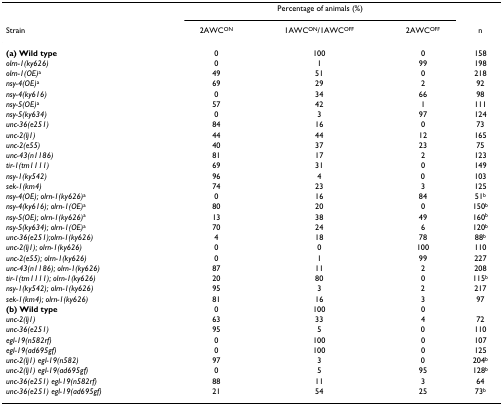
<table><thead><tr><td></td><td colspan="3"><b>Percentage of animals (%)</b></td><td></td></tr><tr><td><b>Strain</b></td><td><b>2AWC<sup>ON</sup></b></td><td><b>1AWC<sup>ON</sup>/1AWC<sup>OFF</sup></b></td><td><b>2AWC<sup>OFF</sup></b></td><td><b>n</b></td></tr></thead><tbody><tr><td><b>(a) Wild type</b></td><td>0</td><td>100</td><td>0</td><td>158</td></tr><tr><td><i>olrn-1(ky626)</i></td><td>0</td><td>1</td><td>99</td><td>198</td></tr><tr><td><i>olrn-1(OE)</i><sup>a</sup></td><td>49</td><td>51</td><td>0</td><td>218</td></tr><tr><td><i>nsy-4(OE)</i><sup>a</sup></td><td>69</td><td>29</td><td>2</td><td>92</td></tr><tr><td><i>nsy-4(ky616)</i></td><td>0</td><td>34</td><td>66</td><td>98</td></tr><tr><td><i>nsy-5(OE)</i><sup>a</sup></td><td>57</td><td>42</td><td>1</td><td>111</td></tr><tr><td><i>nsy-5(ky634)</i></td><td>0</td><td>3</td><td>97</td><td>124</td></tr><tr><td><i>unc-36(e251)</i></td><td>84</td><td>16</td><td>0</td><td>73</td></tr><tr><td><i>unc-2(lj1)</i></td><td>44</td><td>44</td><td>12</td><td>165</td></tr><tr><td><i>unc-2(e55)</i></td><td>40</td><td>37</td><td>23</td><td>75</td></tr><tr><td><i>unc-43(n1186)</i></td><td>81</td><td>17</td><td>2</td><td>123</td></tr><tr><td><i>tir-1(tm1111)</i></td><td>69</td><td>31</td><td>0</td><td>149</td></tr><tr><td><i>nsy-1(ky542)</i></td><td>96</td><td>4</td><td>0</td><td>103</td></tr><tr><td><i>sek-1(km4)</i></td><td>74</td><td>23</td><td>3</td><td>125</td></tr><tr><td><i>nsy-4(OE); olrn-1(ky626)</i><sup>a</sup></td><td>0</td><td>16</td><td>84</td><td>51<sup>b</sup></td></tr><tr><td><i>nsy-4(ky616); olrn-1(OE)</i><sup>a</sup></td><td>80</td><td>20</td><td>0</td><td>150<sup>b</sup></td></tr><tr><td><i>nsy-5(OE); olrn-1(ky626)</i><sup>a</sup></td><td>13</td><td>38</td><td>49</td><td>160<sup>b</sup></td></tr><tr><td><i>nsy-5(ky634); olrn-1(OE)</i><sup>a</sup></td><td>70</td><td>24</td><td>6</td><td>120<sup>b</sup></td></tr><tr><td><i>unc-36(e251);olrn-1(ky626)</i></td><td>4</td><td>18</td><td>78</td><td>88<sup>b</sup></td></tr><tr><td><i>unc-2(lj1); olrn-1(ky626)</i></td><td>0</td><td>0</td><td>100</td><td>110</td></tr><tr><td><i>unc-2(e55); olrn-1(ky626)</i></td><td>0</td><td>1</td><td>99</td><td>227</td></tr><tr><td><i>unc-43(n1186); olrn-1(ky626)</i></td><td>87</td><td>11</td><td>2</td><td>208</td></tr><tr><td><i>tir-1(tm1111); olrn-1(ky626)</i></td><td>20</td><td>80</td><td>0</td><td>115<sup>b</sup></td></tr><tr><td><i>nsy-1(ky542); olrn-1(ky626)</i></td><td>95</td><td>3</td><td>2</td><td>217</td></tr><tr><td><i>sek-1(km4); olrn-1(ky626)</i></td><td>81</td><td>16</td><td>3</td><td>97</td></tr><tr><td><b>(b) Wild type</b></td><td>0</td><td>100</td><td>0</td><td></td></tr><tr><td><i>unc-2(lj1)</i></td><td>63</td><td>33</td><td>4</td><td>72</td></tr><tr><td><i>unc-36(e251)</i></td><td>95</td><td>5</td><td>0</td><td>110</td></tr><tr><td><i>egl-19(n582rf)</i></td><td>0</td><td>100</td><td>0</td><td>107</td></tr><tr><td><i>egl-19(ad695gf)</i></td><td>0</td><td>100</td><td>0</td><td>125</td></tr><tr><td><i>unc-2(lj1) egl-19(n582)</i></td><td>97</td><td>3</td><td>0</td><td>204<sup>b</sup></td></tr><tr><td><i>unc-2(lj1) egl-19(ad695gf)</i></td><td>0</td><td>5</td><td>95</td><td>128<sup>b</sup></td></tr><tr><td><i>unc-36(e251) egl-19(n582rf)</i></td><td>88</td><td>11</td><td>3</td><td>64</td></tr><tr><td><i>unc-36(e251) egl-19(ad695gf)</i></td><td>21</td><td>54</td><td>25</td><td>73<sup>b</sup></td></tr></tbody></table>